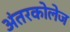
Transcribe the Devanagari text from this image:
अंतरकोलेज